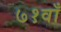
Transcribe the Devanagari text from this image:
७१वाँ